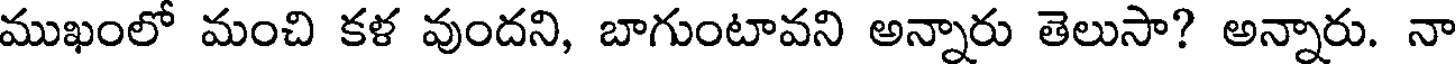
ముఖంలో మంచి కళ వుందని, బాగుంటావని అన్నారు తెలుసా? అన్నారు. నా